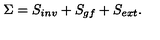
\Sigma = S _ { i n v } + S _ { g f } + S _ { e x t } .